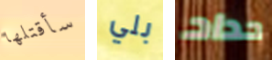
سأقتلها بلي حداد